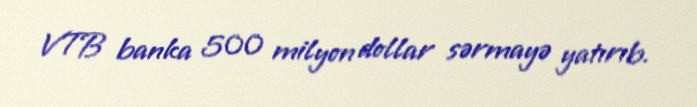
VTB banka 500 milyon dollar sərmayə yatırıb.